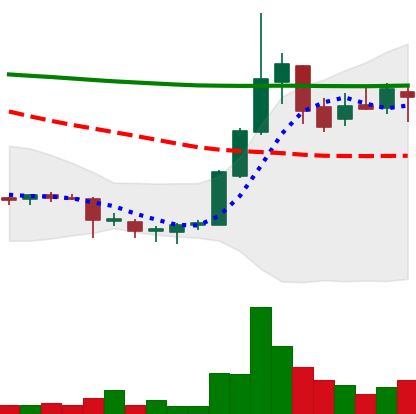
Ticker: DOGE-USD
Chart end date: 2018-07-25
Forward return: -7.621%
Label: down_7plus